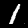
Digit: 1